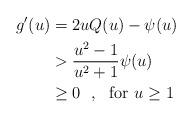
LaTeX: \begin{align*} g'(u) &= 2uQ(u)-\psi(u)\\ &>\frac{u^2-1}{u^2+1}\psi(u)\\ &\geq 0\ \ ,\ \ \mbox{for }u\geq 1\end{align*}